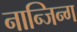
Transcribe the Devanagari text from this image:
नान्जिन्ग